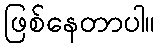
ဖြစ်နေတာပါ။